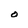
Character: O